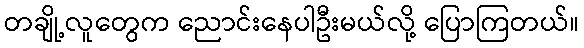
တချို့လူတွေက ညောင်းနေပါဦးမယ်လို့ ပြောကြတယ်။